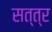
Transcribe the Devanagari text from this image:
सत्त्र